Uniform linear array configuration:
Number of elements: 48
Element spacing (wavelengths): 0.5
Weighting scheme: cosine
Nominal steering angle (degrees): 0
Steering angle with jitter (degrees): -0.3926
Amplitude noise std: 0.05
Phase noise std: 0.05

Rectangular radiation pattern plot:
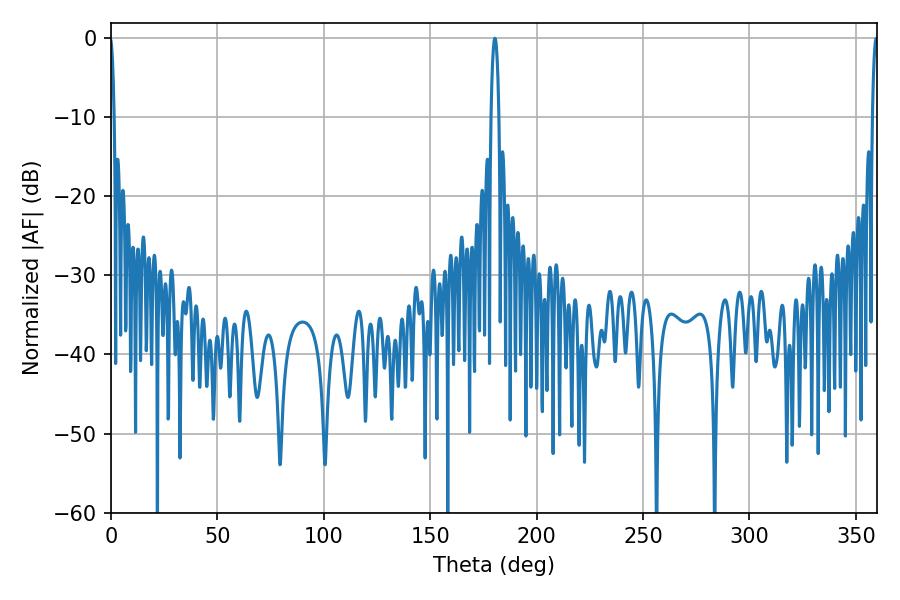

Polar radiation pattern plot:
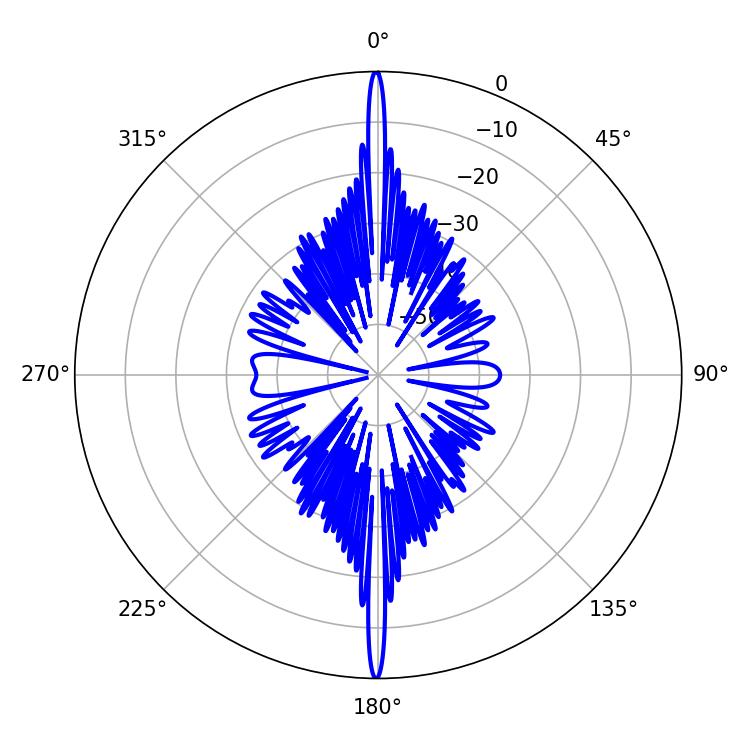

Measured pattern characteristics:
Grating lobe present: FALSE
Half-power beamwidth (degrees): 1.98
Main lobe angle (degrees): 180.36